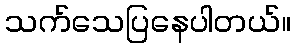
သက်သေပြနေပါတယ်။